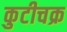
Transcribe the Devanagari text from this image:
कुटीचक्र